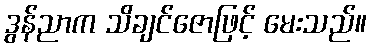
ဒွန်ညာက သိချင်ဇောဖြင့် မေးသည်။